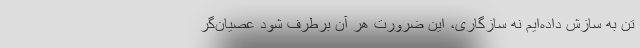
تن به سازش داده‌ایم نه سازگاری، این ضرورت هر آن برطرف شود عصیان‌گر